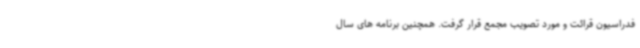
فدراسیون قرائت و مورد تصویب مجمع قرار گرفت. همچنین برنامه های سال